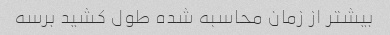
بیشتر از زمان محاسبه شده طول کشید برسه